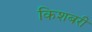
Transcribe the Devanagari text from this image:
किशबरी